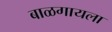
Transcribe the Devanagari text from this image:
बाळगायला